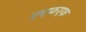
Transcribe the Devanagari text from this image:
एएफएफ